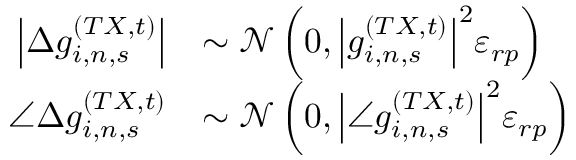
\begin{array} { r l } { \left| \Delta g _ { i , n , s } ^ { ( T X , t ) } \right| } & { \sim \mathcal { N } \left( 0 , { \left| g _ { i , n , s } ^ { ( T X , t ) } \right| } ^ { 2 } \varepsilon _ { r p } \right) } \\ { \angle \Delta g _ { i , n , s } ^ { ( T X , t ) } } & { \sim \mathcal { N } \left( 0 , { \left| \angle g _ { i , n , s } ^ { ( T X , t ) } \right| } ^ { 2 } \varepsilon _ { r p } \right) } \end{array}